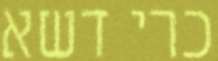
כרי דשא